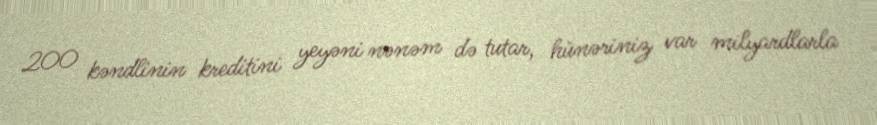
200 kəndlinin kreditini yeyəni nənəm də tutar, hünəriniz var milyardlarla